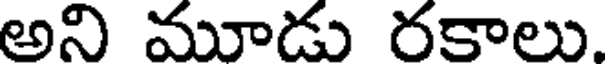
అని మూడు రకాలు.